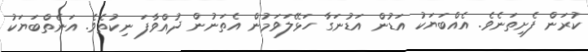
ކުރަން ފެށިތަނެވެ. އެެއްބަޔަކު އަޑުން އަޑުނަގާ ހަޅޭލަވަމުން އެތަނުން ދުއްވާފަ ނިކުތެވެ. އަނެތްބަޔަކު